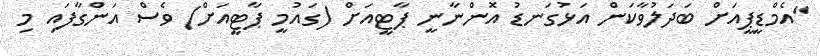
"އެމްޑީޕީއަށް ބަދަލުވާކަން އަޅުގަނޑު އޮންނާނީ ޕާޓީއަށް (ގައުމީ ޕާޓީއަށް) ވެސް އަންގާފައި މި